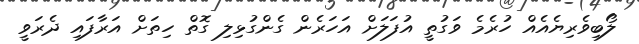
ލޯބިވެރިޔެއެއް ހުރެމެ ވަގުތީ އުފަލަށް އަހަރެން ގެންގުޅިލި ގޮތް ހިތަށް އަރާފައި ދެރަވީ